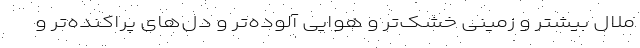
ملال بیشتر و زمینی خشک‌تر و هوایی آلوده‌تر و دل‌های پراکنده‌تر و